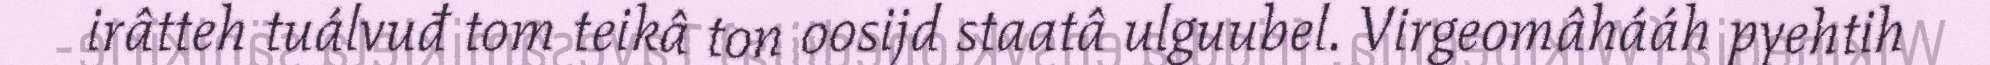
irâtteh tuálvuđ tom teikâ ton oosijd staatâ ulguubel. Virgeomâhááh pyehtih